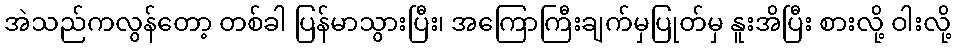
အဲသည်ကလွန်တော့ တစ်ခါ ပြန်မာသွားပြီး၊ အကြောကြီးချက်မှပြုတ်မှ နူးအိပြီး စားလို့ ဝါးလို့